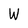
Character: W